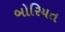
બોરિયત